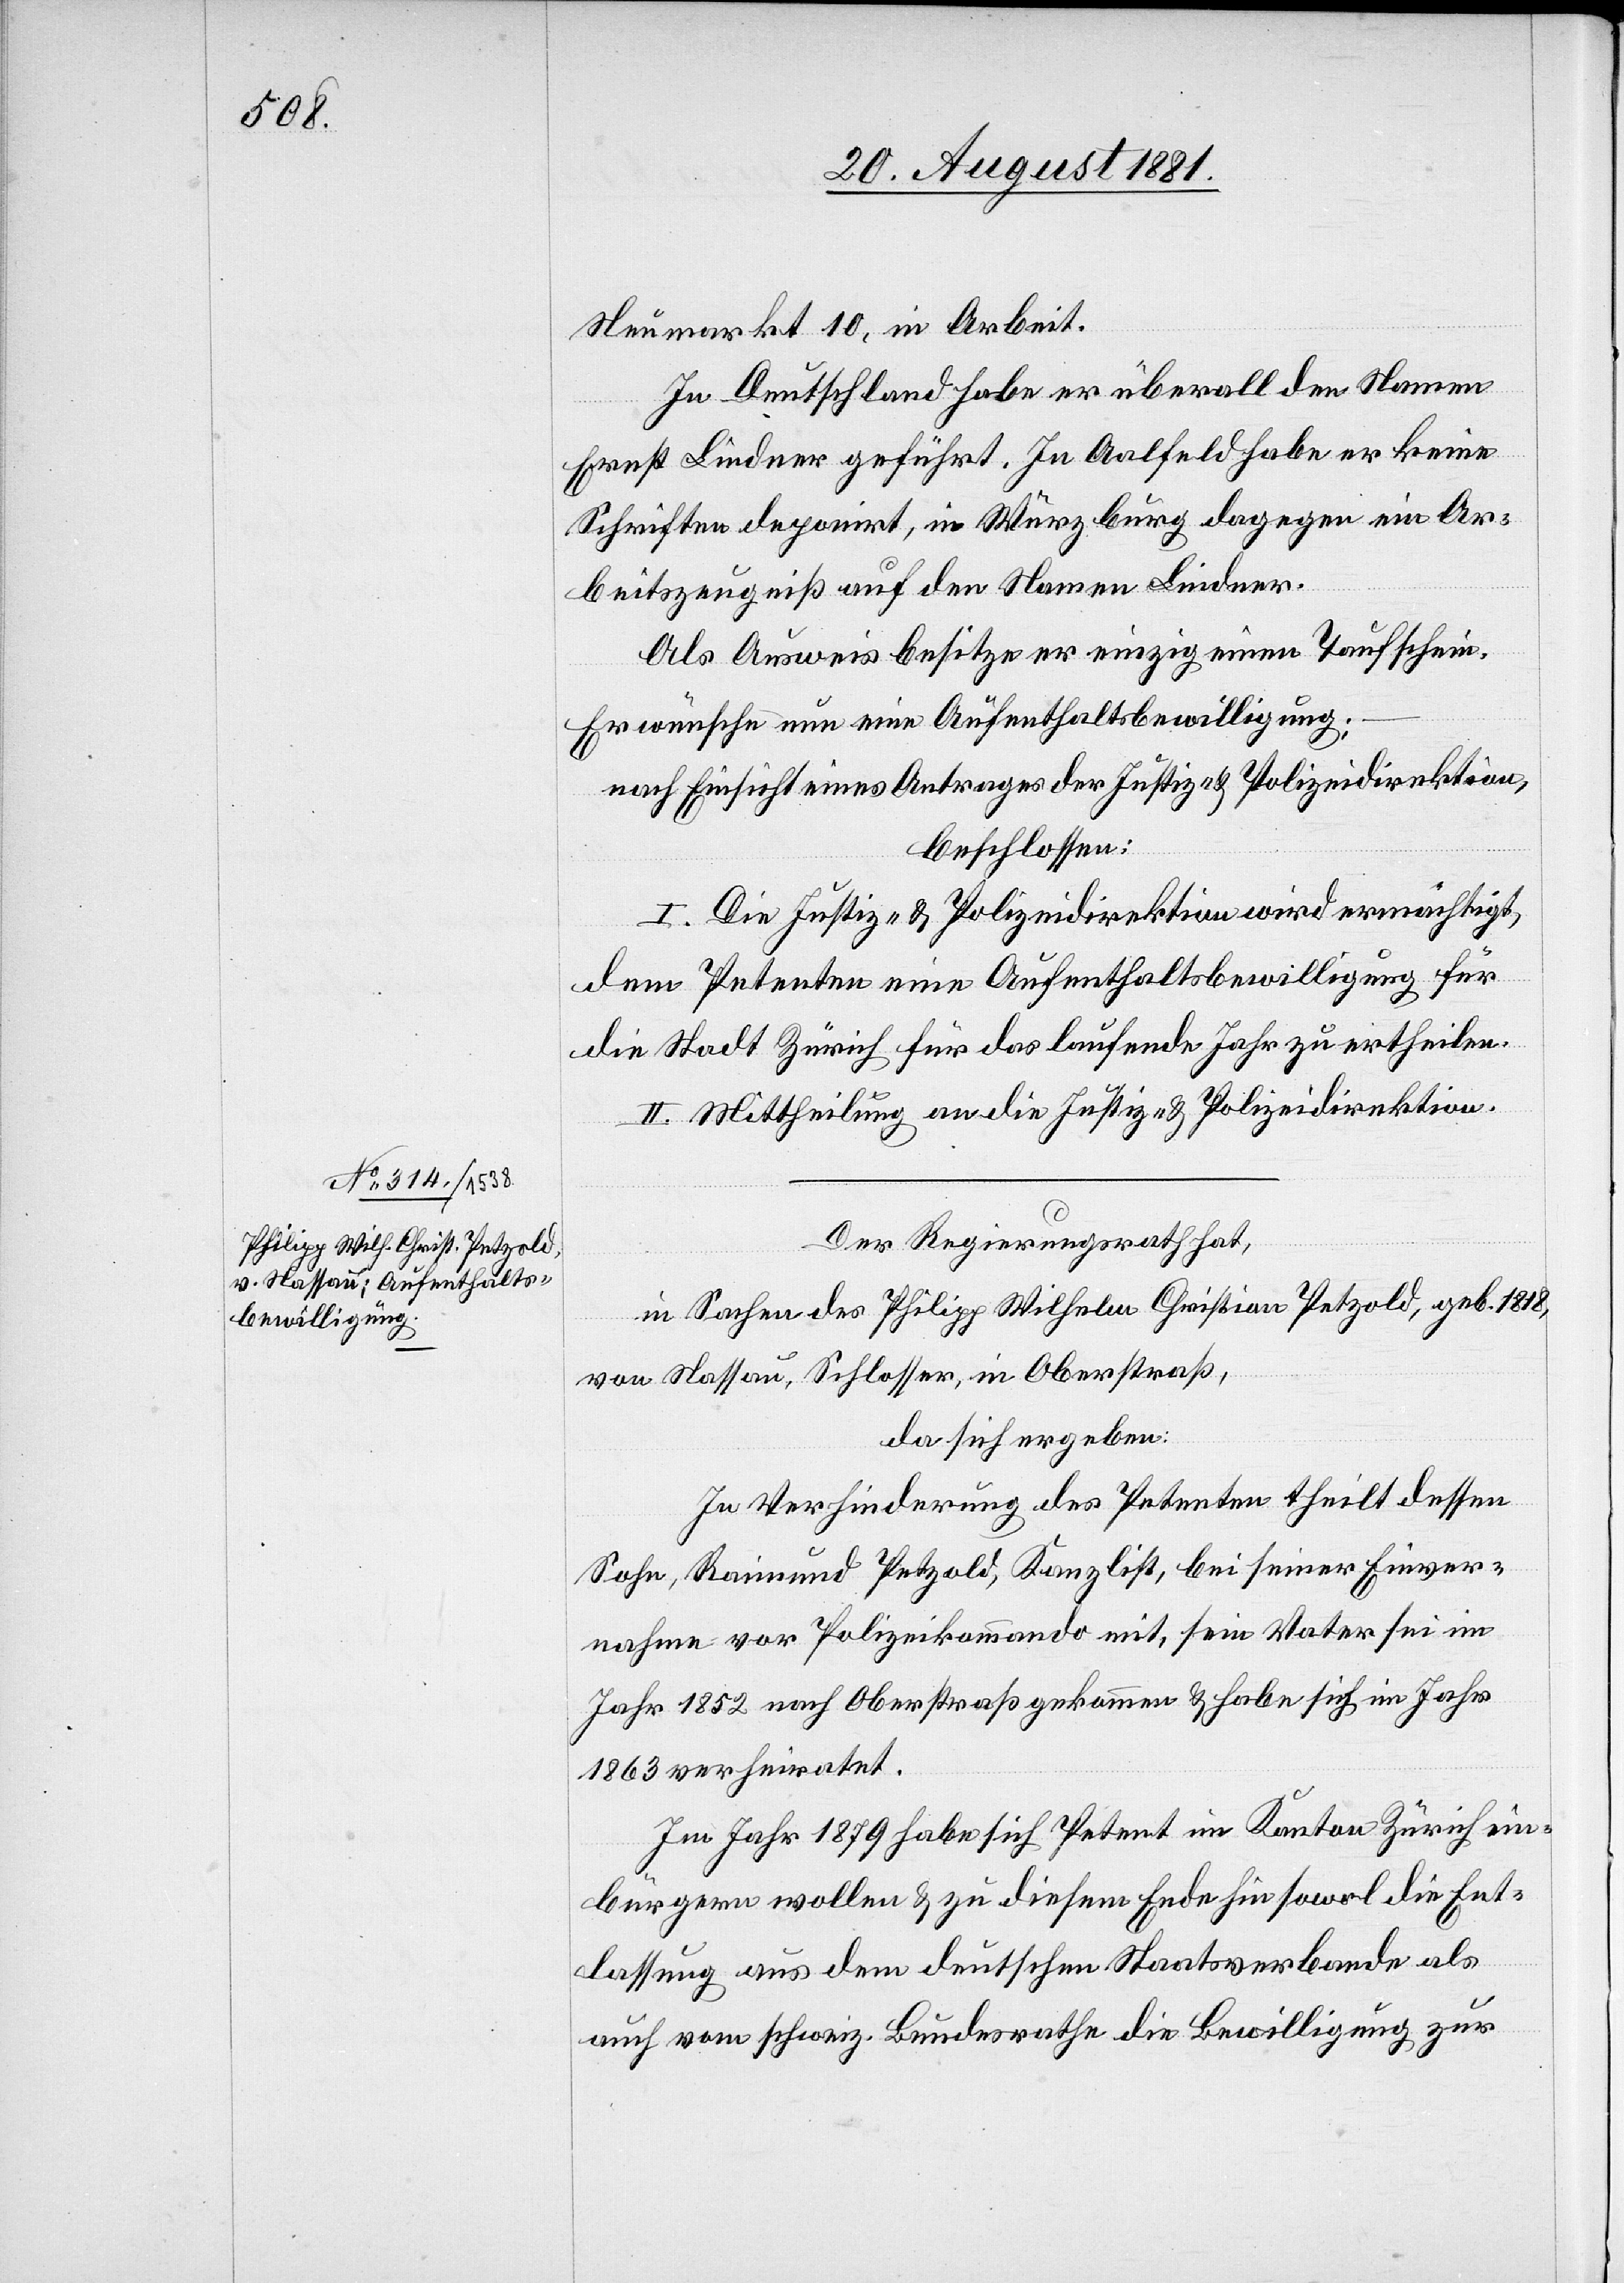
Neumarkt 10, in Arbeit.
In Deutschland habe er überall den Namen
Ernst Lindner geführt. In Aalfeld habe er keine
Schriften deponirt, in Würzburg dagegen ein Ar¬
beitszeugnis auf den Namen Lindner.
Als Ausweis besitze er einzig einen Taufschein.
Er wünsche nun eine Aufenthaltsbewilligung;
nach Einsicht eines Antrages der Justiz- & Polizeidirektion,
beschlossen:
I. Die Justiz- & Polizeidirektion wird ermächtigt,
dem Petenten eine Aufenthaltsbewilligung für
die Stadt Zürich für das laufende Jahr zu ertheilen.
II. Mittheilung an die Justiz- & Polizeidirektion.
Der Regierungsrath hat,
in Sachen des Philipp Wilhelm Christian Petzold, geb.1818,
von Nassau, Schlosser, in Oberstraß,
da sich ergeben:
In Verhinderung des Petenten theilt dessen
Sohn, Raimund Petzold, Kanzlist, bei seiner Einver¬
nahme vor Polizeikommando mit, sein Vater sei im
Jahr 1852 nach Oberstraß gekommen & habe sich im Jahr
1863 verheiratet.
Im Jahr 1879 habe sich Petent im Kanton Zürich ein¬
bürgern wollen & zu diesem Ende hin sowol die Ent¬
lassung aus dem deutschen Staatsverbande als
auch vom schweiz. Bundesrathe die Bewilligung zur